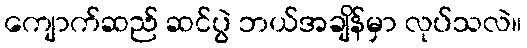
ကျောက်ဆည် ဆင်ပွဲ ဘယ်အချိန်မှာ လုပ်သလဲ။